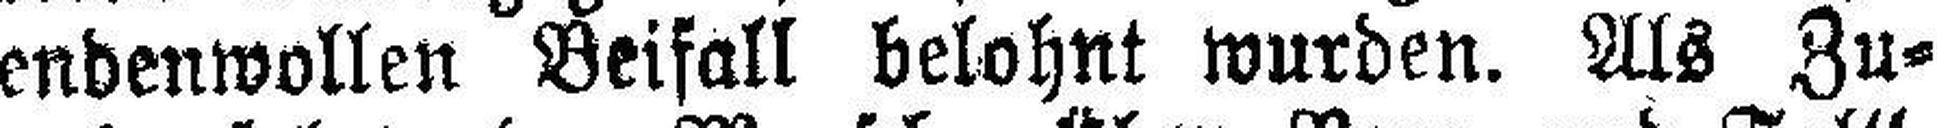
endenwollen Beifall belohnt wurden. Als Zu¬